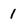
Character: 1